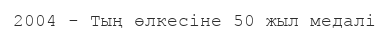
2004 - Тың өлкесіне 50 жыл медалі